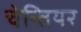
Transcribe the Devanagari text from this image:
चेन्तियर